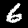
Digit: 6